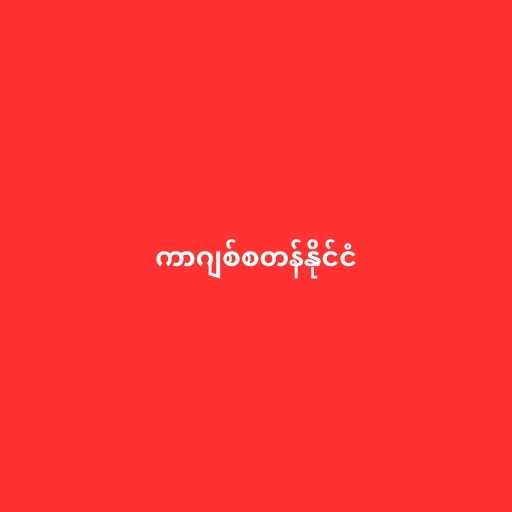
ကာဂျစ်စတန်နိုင်ငံ